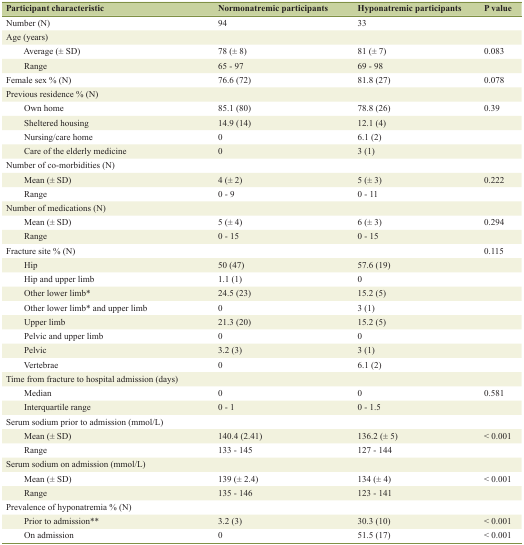
<table><thead><tr><td><b>Participant characteristic</b></td><td><b>Normonatremic participants</b></td><td><b>Hyponatremic participants</b></td><td><b>P value</b></td></tr></thead><tbody><tr><td>Number (N)</td><td>94</td><td>33</td><td></td></tr><tr><td>Age (years)</td><td></td><td></td><td></td></tr><tr><td>Average (± SD)</td><td>78 (± 8)</td><td>81 (± 7)</td><td>0.083</td></tr><tr><td>Range</td><td>65 - 97</td><td>69 - 98</td><td></td></tr><tr><td>Female sex % (N)</td><td>76.6 (72)</td><td>81.8 (27)</td><td>0.078</td></tr><tr><td>Previous residence % (N)</td><td></td><td></td><td></td></tr><tr><td>Own home</td><td>85.1 (80)</td><td>78.8 (26)</td><td>0.39</td></tr><tr><td>Sheltered housing</td><td>14.9 (14)</td><td>12.1 (4)</td><td></td></tr><tr><td>Nursing/care home</td><td>0</td><td>6.1 (2)</td><td></td></tr><tr><td>Care of the elderly medicine</td><td>0</td><td>3 (1)</td><td></td></tr><tr><td>Number of co-morbidities (N)</td><td></td><td></td><td></td></tr><tr><td>Mean (± SD)</td><td>4 (± 2)</td><td>5 (± 3)</td><td>0.222</td></tr><tr><td>Range</td><td>0 - 9</td><td>0 - 11</td><td></td></tr><tr><td>Number of medications (N)</td><td></td><td></td><td></td></tr><tr><td>Mean (± SD)</td><td>5 (± 4)</td><td>6 (± 3)</td><td>0.294</td></tr><tr><td>Range</td><td>0 - 15</td><td>0 - 15</td><td></td></tr><tr><td>Fracture site % (N)</td><td></td><td></td><td>0.115</td></tr><tr><td>Hip</td><td>50 (47)</td><td>57.6 (19)</td><td></td></tr><tr><td>Hip and upper limb</td><td>1.1 (1)</td><td>0</td><td></td></tr><tr><td>Other lower limb*</td><td>24.5 (23)</td><td>15.2 (5)</td><td></td></tr><tr><td>Other lower limb* and upper limb</td><td>0</td><td>3 (1)</td><td></td></tr><tr><td>Upper limb</td><td>21.3 (20)</td><td>15.2 (5)</td><td></td></tr><tr><td>Pelvic and upper limb</td><td>0</td><td>0</td><td></td></tr><tr><td>Pelvic</td><td>3.2 (3)</td><td>3 (1)</td><td></td></tr><tr><td>Vertebrae</td><td>0</td><td>6.1 (2)</td><td></td></tr><tr><td>Time from fracture to hospital admission (days)</td><td></td><td></td><td></td></tr><tr><td>Median</td><td>0</td><td>0</td><td>0.581</td></tr><tr><td>Interquartile range</td><td>0 - 1</td><td>0 - 1.5</td><td></td></tr><tr><td>Serum sodium prior to admission (mmol/L)</td><td></td><td></td><td></td></tr><tr><td>Mean (± SD)</td><td>140.4 (2.41)</td><td>136.2 (± 5)</td><td>&lt; 0.001</td></tr><tr><td>Range</td><td>133 - 145</td><td>127 - 144</td><td></td></tr><tr><td>Serum sodium on admission (mmol/L)</td><td></td><td></td><td></td></tr><tr><td>Mean (± SD)</td><td>139 (± 2.4)</td><td>134 (± 4)</td><td>&lt; 0.001</td></tr><tr><td>Range</td><td>135 - 146</td><td>123 - 141</td><td></td></tr><tr><td>Prevalence of hyponatremia % (N)</td><td></td><td></td><td></td></tr><tr><td>Prior to admission**</td><td>3.2 (3)</td><td>30.3 (10)</td><td>&lt; 0.001</td></tr><tr><td>On admission</td><td>0</td><td>51.5 (17)</td><td>&lt; 0.001</td></tr></tbody></table>